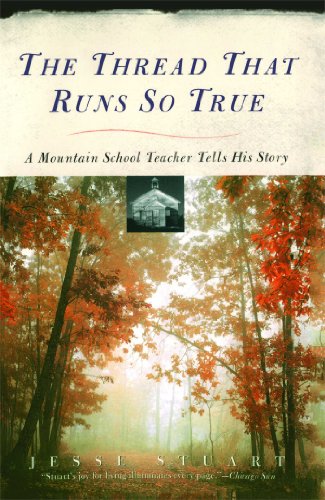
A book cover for The Thread That Runs So True: A Mountain School Teacher Tells His Story; Jesse Stuart; Biographies & Memoirs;